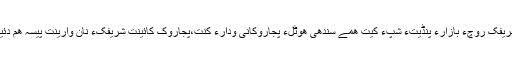
نوشریفک روچءَ بازارءَ پِنڈیتءُُ شپءَ کَیت ھمے سندھی ھوٹلءَ پجاروکانی ودارءَ کنت،پجاروک کائینت شریفکءَ نان وارینت پَیسّہ ھم دئینت۔